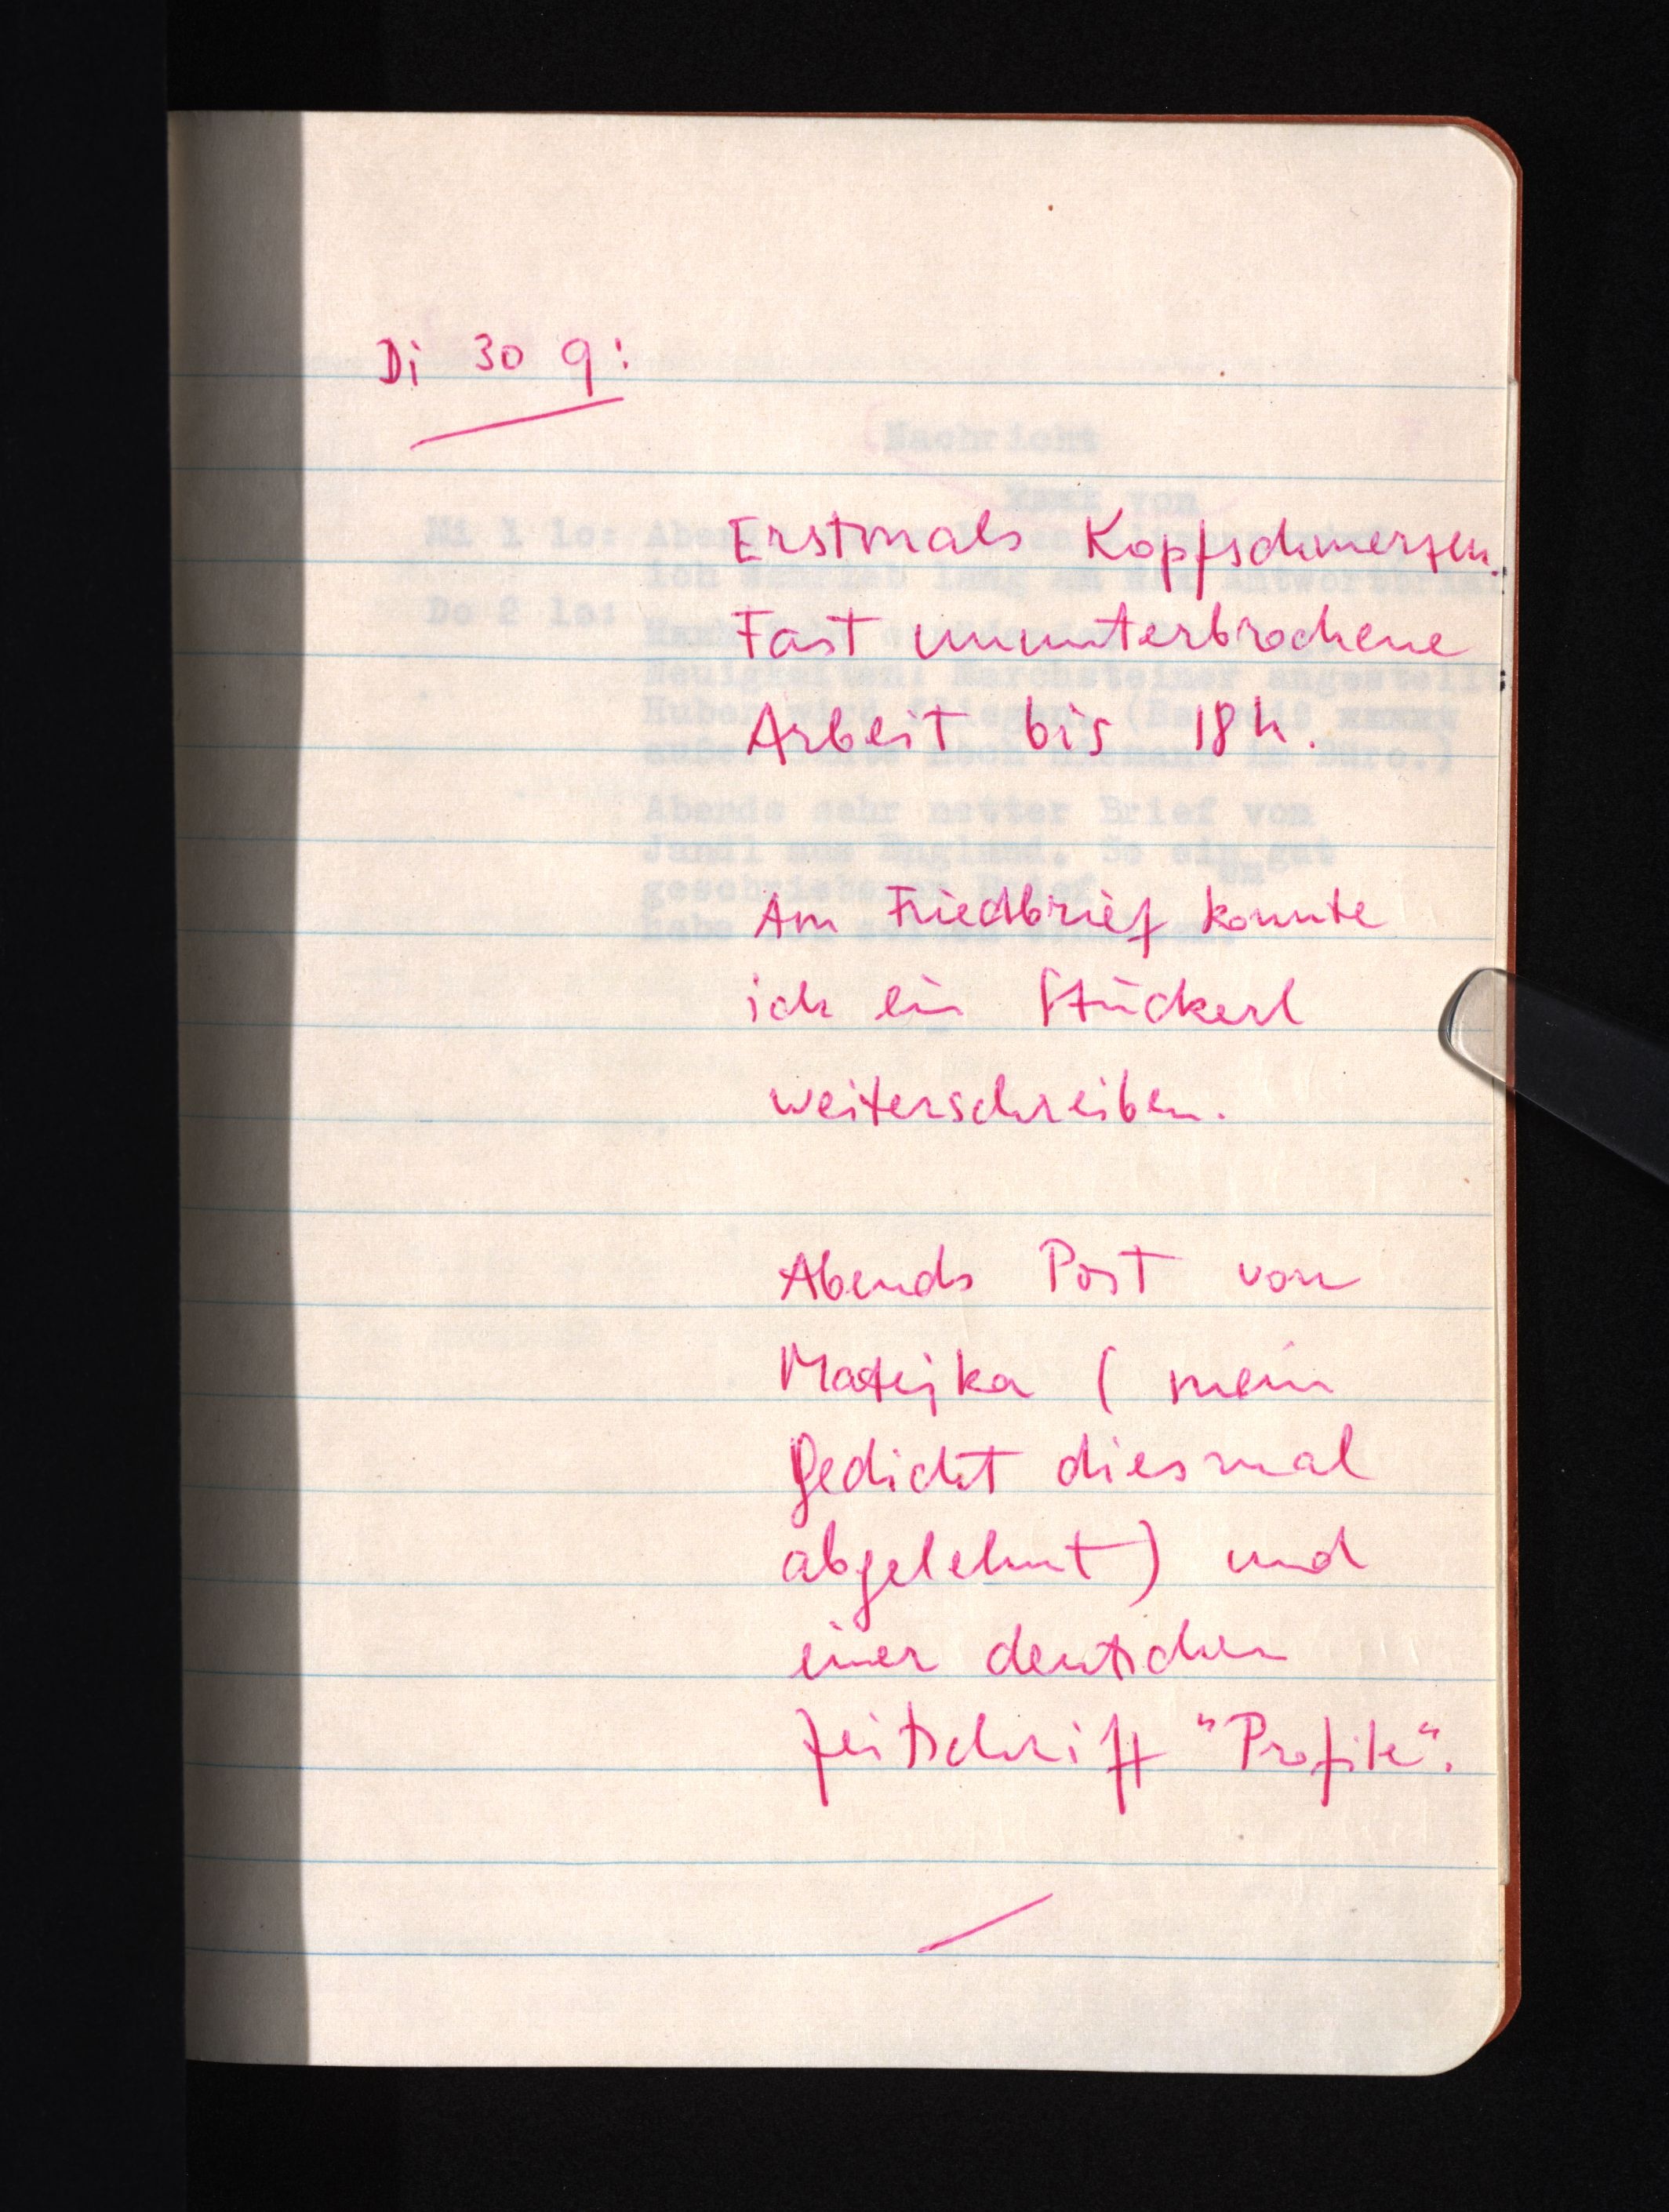
Di 30 9:
Erstmals Kopfschmerzen.
Fast ununterbrochene
Arbeit bis 18h.
Am Friedbrief konnte
ich ein Stückerl
weiterschreiben.
Abends Post von
Matejka (mein
Gedicht diesmal
abgelehnt) und
einer deutschen
Zeitschrift "Profile".